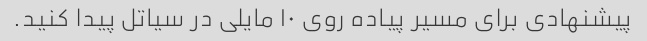
پیشنهادی برای مسیر پیاده روی ۱۰ مایلی در سیاتل پیدا کنید.